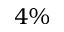
4 \%